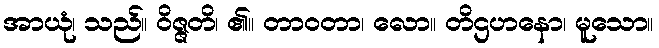
အာယုံ၊ သည်။ ဝိဇ္ဇတိ၊ ၏။ တာဝတာ၊ လော။ တိဌဟနော၊ မူသော။